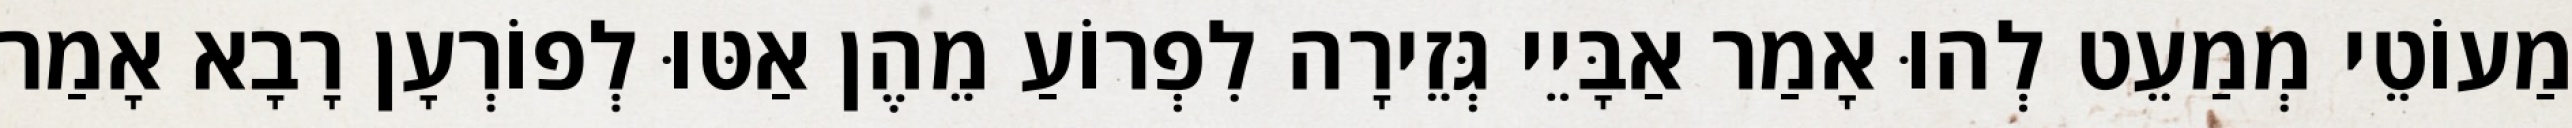
מַעוֹטֵי מְמַעֵט לְהוּ אָמַר אַבָּיֵי גְּזֵירָה לִפְרוֹעַ מֵהֶן אַטּוּ לְפוֹרְעָן רָבָא אָמַר